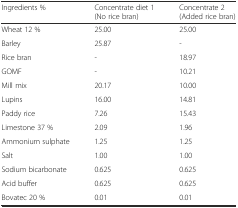
<table><thead><tr><td><b>Ingredients %</b></td><td><b>Concentrate diet 1 (No rice bran)</b></td><td><b>Concentrate 2 (Added rice bran)</b></td></tr></thead><tbody><tr><td>Wheat 12 %</td><td>25.00</td><td>25.00</td></tr><tr><td>Barley</td><td>25.87</td><td>-</td></tr><tr><td>Rice bran</td><td>-</td><td>18.97</td></tr><tr><td>GOMF</td><td>-</td><td>10.21</td></tr><tr><td>Mill mix</td><td>20.17</td><td>10.00</td></tr><tr><td>Lupins</td><td>16.00</td><td>14.81</td></tr><tr><td>Paddy rice</td><td>7.26</td><td>15.43</td></tr><tr><td>Limestone 37 %</td><td>2.09</td><td>1.96</td></tr><tr><td>Ammonium sulphate</td><td>1.25</td><td>1.25</td></tr><tr><td>Salt</td><td>1.00</td><td>1.00</td></tr><tr><td>Sodium bicarbonate</td><td>0.625</td><td>0.625</td></tr><tr><td>Acid buffer</td><td>0.625</td><td>0.625</td></tr><tr><td>Bovatec 20 %</td><td>0.01</td><td>0.01</td></tr></tbody></table>